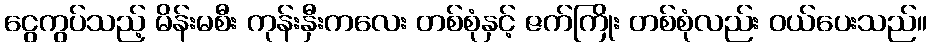
ငွေကွပ်သည့် မိန်းမစီး ကုန်းနှီးကလေး တစ်စုံနှင့် ဇက်ကြိုး တစ်စုံလည်း ဝယ်ပေးသည်။